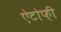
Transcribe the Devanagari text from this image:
ऐटोफ़ी